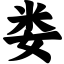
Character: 娄